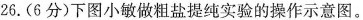
26.(6分)下图小敏做粗盐提纯实验的操作示意图。